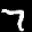
Label: 7